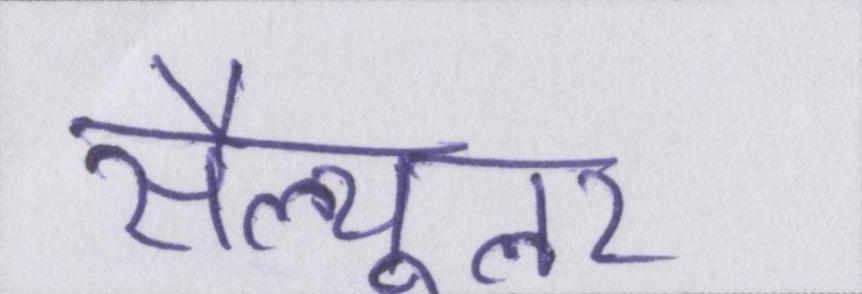
सैल्यूलर